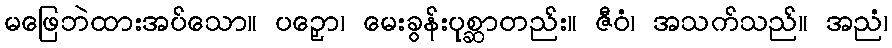
မဖြေဘဲထားအပ်သော။ ပဉှော၊ မေးခွန်းပုစ္ဆာတည်း။ ဇီဝံ၊ အသက်သည်။ အညံ၊